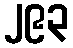
၂၉၃